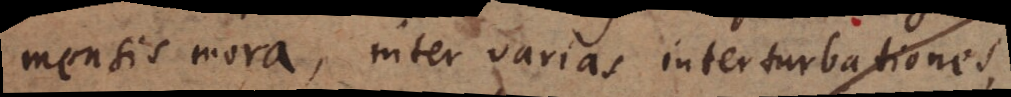
mensis mora, inter varias interturbationes,